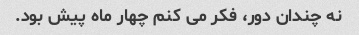
نه چندان دور، فکر می کنم چهار ماه پیش بود.